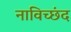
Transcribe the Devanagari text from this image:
नाविच्छंद